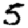
Digit: 5